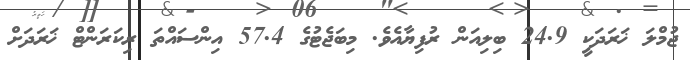
ޖުމްލަ ޚަރަދަކީ 24.9 ބިލިއަން ރުފިޔާއެވެ. މިބަޖެޓުގެ 57.4 އިންސައްތަ ރިކަރަންޓް ޚަރަދަށް